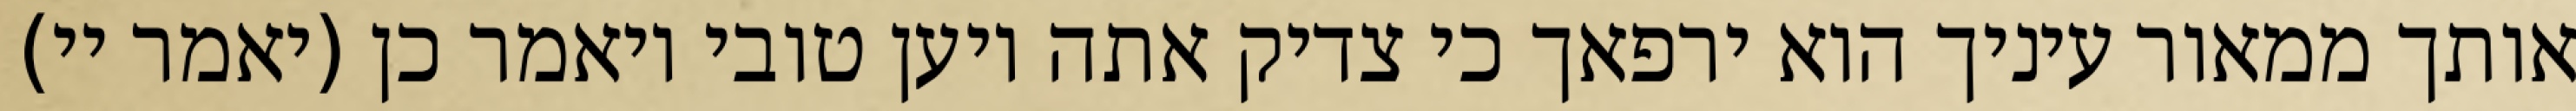
אותך ממאור עיניך הוא ירפאך כי צדיק אתה ויען טובי ויאמר כן (יאמר יי)